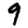
Digit: 9